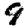
Digit: 9